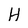
Character: H